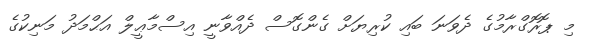
މި ޕޮރޮގްރާމުގެ ދެވަނަ ބައި ކުރިޔަށް ގެންގޮސް ދެއްވާނީ އިސްމާޢީލް އަޙްމަދު މަނިކުގެ